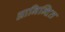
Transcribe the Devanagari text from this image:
आनिन्दित